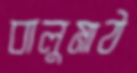
বালুমাঠ